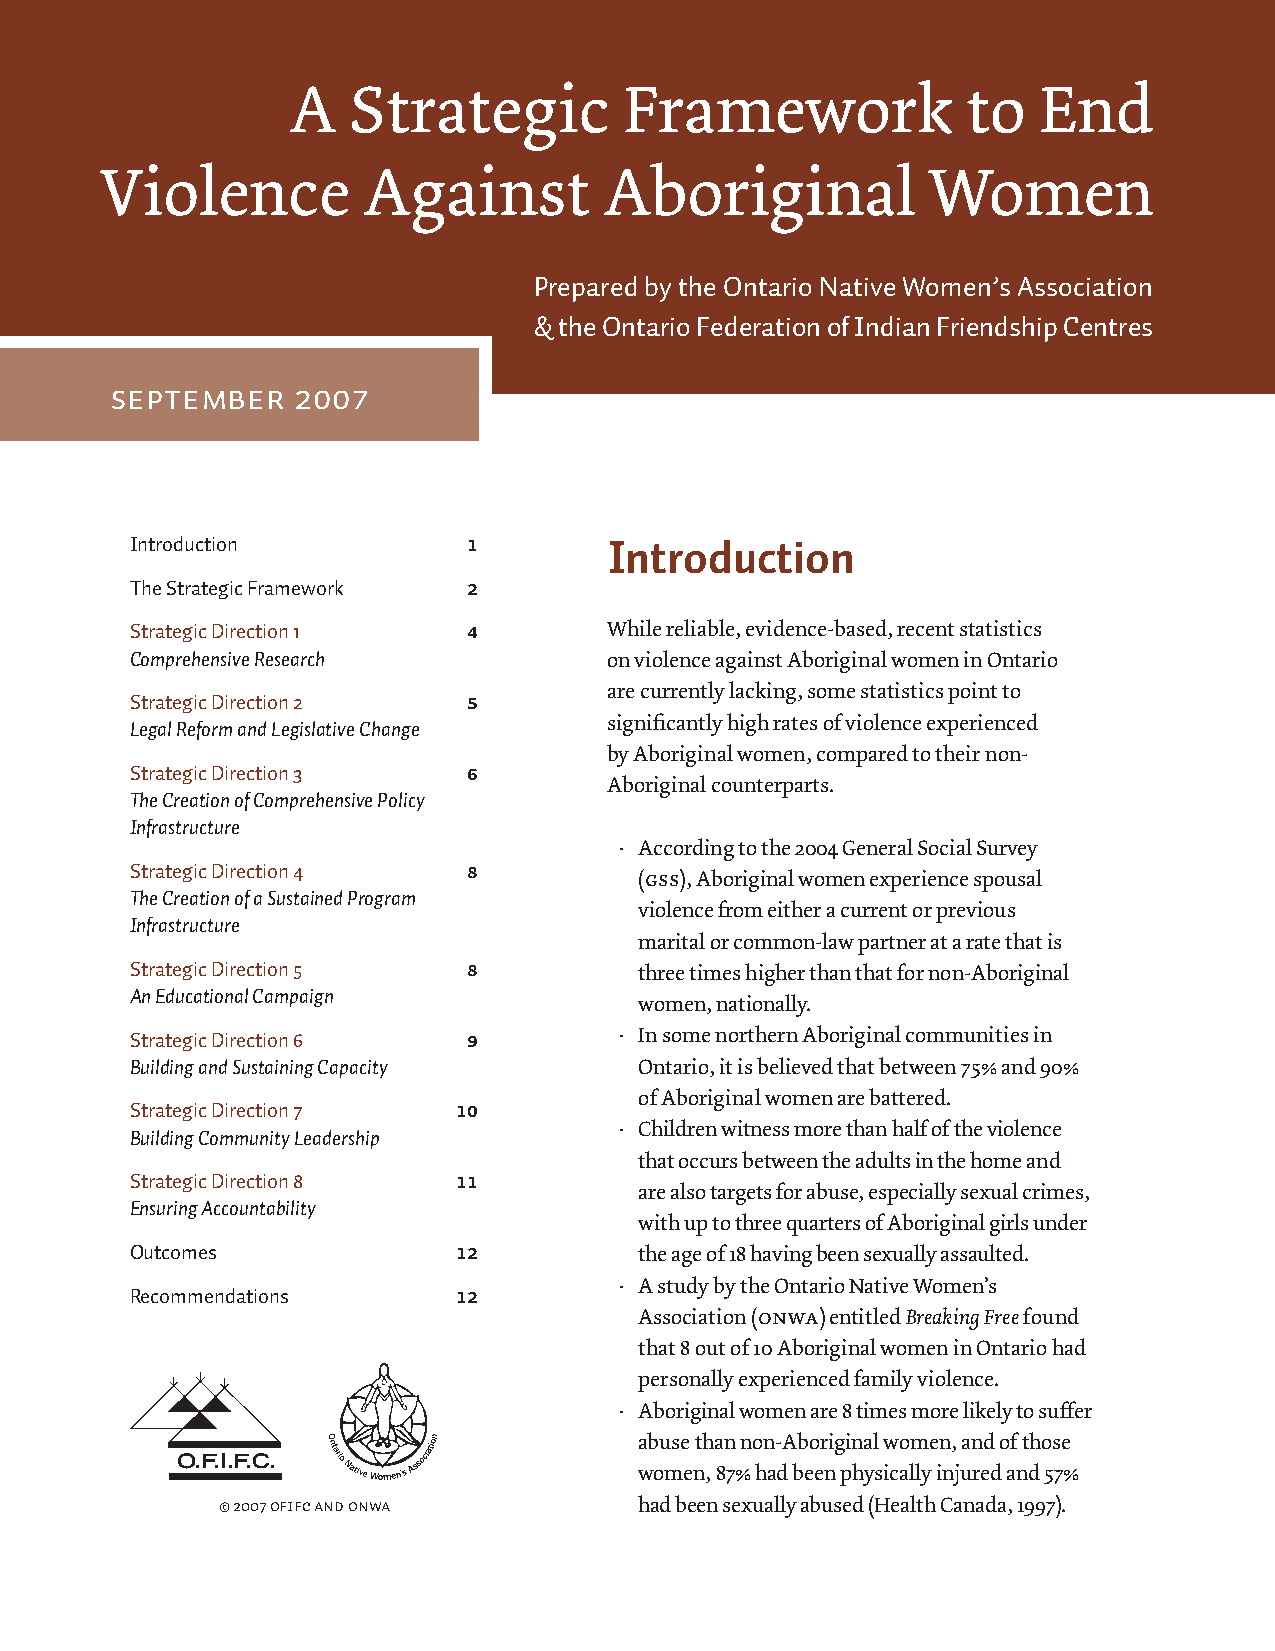
A   Strategic         Framework              to   End
 Violence         Against         Aboriginal            Women
 Prepared by the Ontario Native Women’s Association
 & the Ontario Federation of Indian Friendship Centres
 September   2007
 Introduction          1        Introduction
 The Strategic Framework 2
 Strategic Direction 1 4        While reliable, evidence-based, recent statistics
 Comprehensive Research         on violence against Aboriginal women in Ontario
 are currently lacking, some statistics point to
 Strategic Direction 2 5
 significantly high rates of violence experienced
 Legal Reform and Legislative Change
 by Aboriginal women, compared to their non-
 Strategic Direction 3 6
 Aboriginal counterparts.
 The Creation of Comprehensive Policy
 Infrastructure
 · According to the 2004 General Social Survey
 Strategic Direction 4 8
 (gss), Aboriginal women experience spousal
 The Creation of a Sustained Program
 violence from either a current or previous
 Infrastructure
 marital or common-law partner at a rate that is
 Strategic Direction 5 8          three times higher than that for non-Aboriginal
 An Educational Campaign
 women, nationally.
 Strategic Direction 6 9         · In some northern Aboriginal communities in
 Building and Sustaining Capacity Ontario, it is believed that between 75% and 90%
 of Aboriginal women are battered.
 Strategic Direction 7 10
 · Children witness more than half of the violence
 Building Community Leadership
 that occurs between the adults in the home and
 Strategic Direction 8 11
 are also targets for abuse, especially sexual crimes,
 Ensuring Accountability
 with up to three quarters of Aboriginal girls under
 Outcomes             12          the age of 18 having been sexually assaulted.
 · A study by the Ontario Native Women’s
 Recommendations      12
 Association (onwa) entitled Breaking Free found
 that 8 out of 10 Aboriginal women in Ontario had
 personally experienced family violence.
 · Aboriginal women are 8 times more likely to suffer
 abuse than non-Aboriginal women, and of those
 women, 87% had been physically injured and 57%
 © 2007 OFIFC and ONWA       had been sexually abused (Health Canada, 1997).